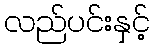
လည်ပင်းနှင့်